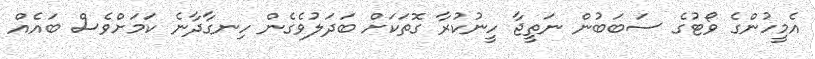
އެމީހުންގެ ވޯޓުގެ ސަބަބުން ނަތީޖާ ހީނުކުރާ ގޮތަކަށް ބަދަލުވެގެން ހިނގާދާނެ ކަމަށްވެސް ބައެއް